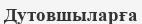
Дутовшыларға